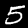
Digit: 5